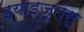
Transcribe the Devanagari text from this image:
इयाइजूत्सू